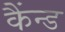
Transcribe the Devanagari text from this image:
कैंन्ड